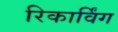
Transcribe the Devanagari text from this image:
रिकार्विंग